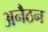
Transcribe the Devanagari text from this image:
अनैठन